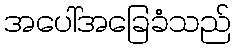
အပေါ်အခြေခံသည်